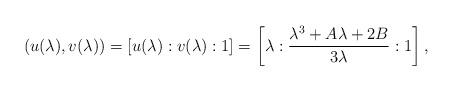
LaTeX: \begin{align*}(u(\lambda), v(\lambda)) = [u(\lambda) : v(\lambda) : 1] = \left[\lambda : \frac{\lambda^3 + A\lambda + 2B}{3\lambda} : 1\right],\end{align*}